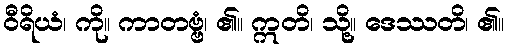
ဝီရိယံ၊ ကို။ ကာတဗ္ဗံ၊ ၏။ ဣတိ၊ သို့။ ဒေဿတိ၊ ၏။